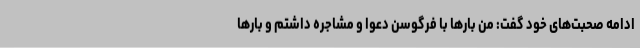
ادامه صحبت‌های خود گفت: من بارها با فرگوسن دعوا و مشاجره داشتم و بارها